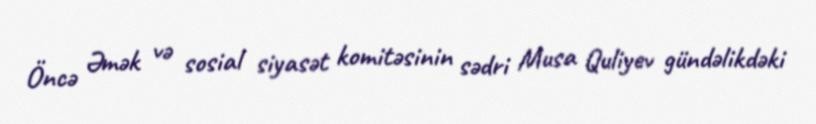
Öncə Əmək və sosial siyasət komitəsinin sədri Musa Quliyev gündəlikdəki